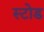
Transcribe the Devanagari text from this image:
स्टोड